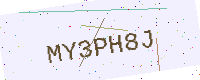
Text: MY3PH8J